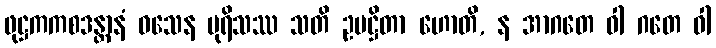
ဖုဋ္ဌကကစဒန္တာနံ ဝသေန ပုရိသဿ သတိ ဥပဋ္ဌိတာ ဟောတိ, န အာဂတေ ဝါ ဂတေ ဝါ